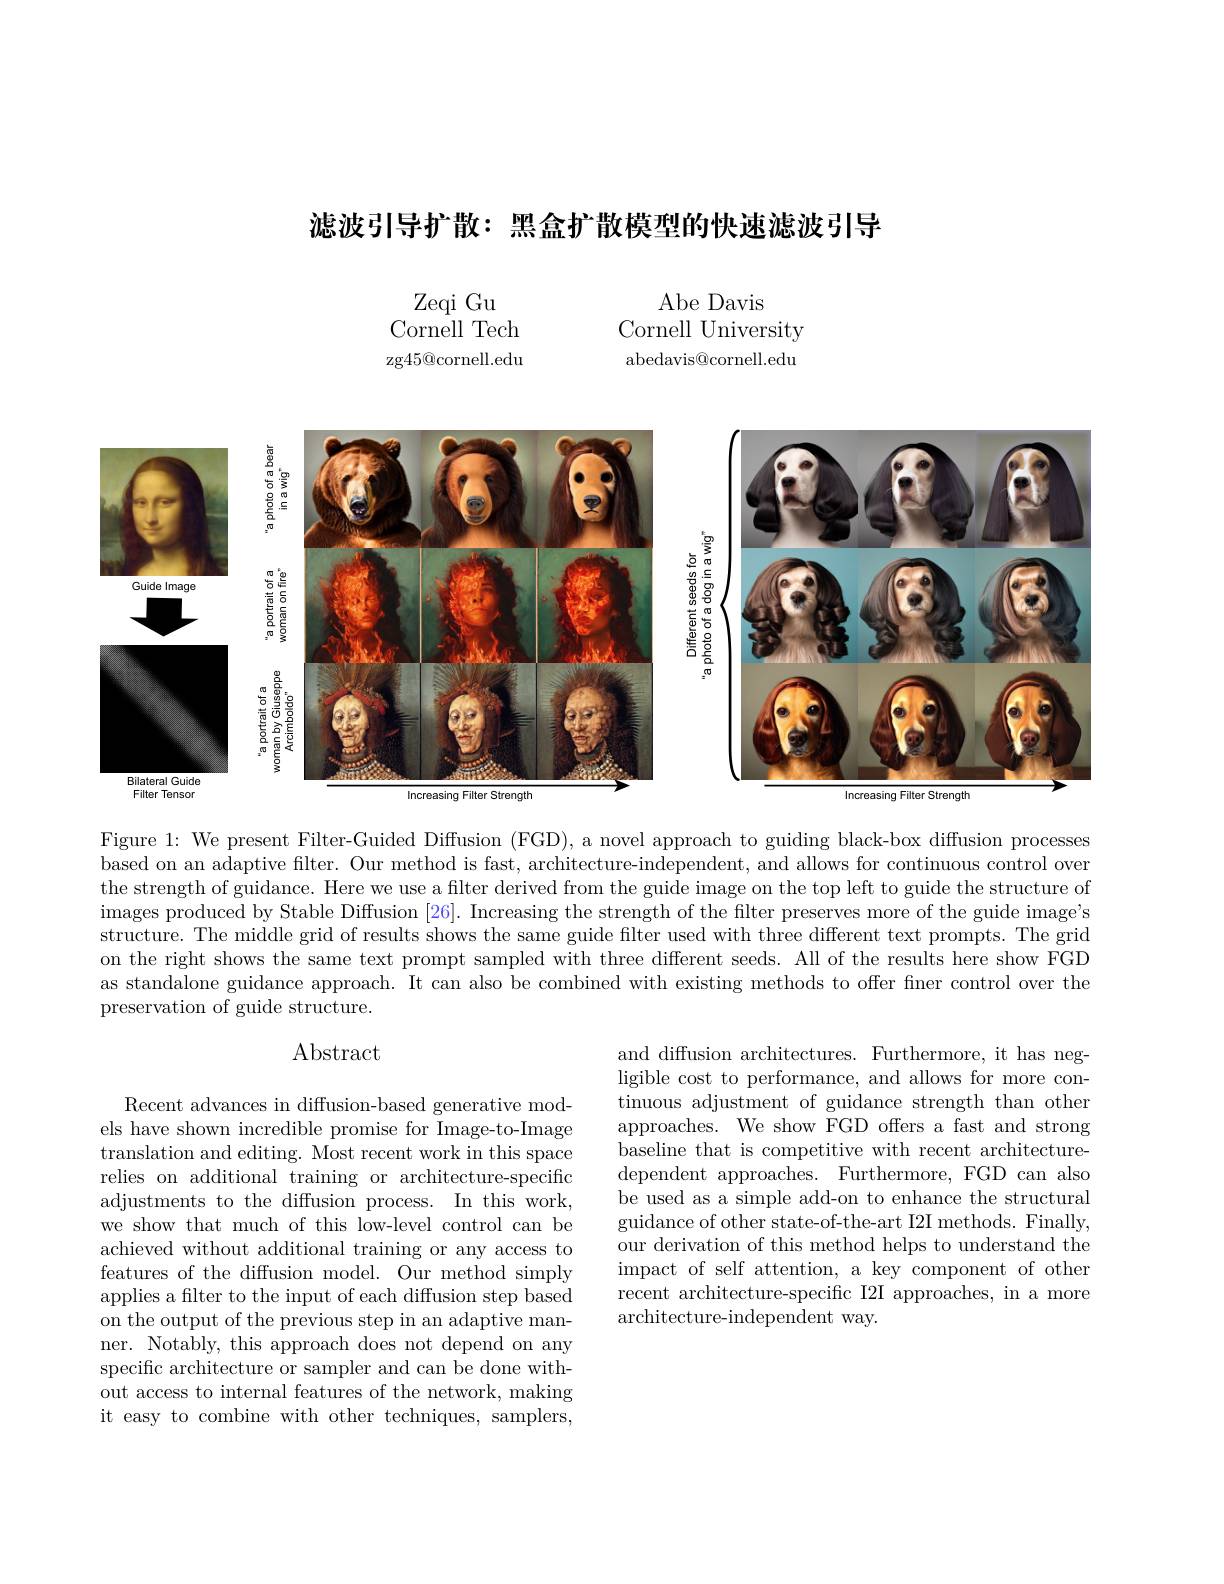
滤波引导扩散：黑盒扩散模型的快速滤波引导

Zeqi Gu
Cornell Tech zg45@cornell.edu

Abe Davis
Cornell University abedavis@cornell.edu

<FigureHere>

Figure 1: We present Filter-Guided Diffusion (FGD), a novel approach to guiding black-box diffusion processes based on an adaptive filter. Our method is fast, architecture-independent, and allows for continuous control over the strength of guidance. Here we use a filter derived from the guide image on the top left to guide the structure of $i$mages produced by Stable Diffusion [26]. Increasing the strength of the filter preserves more of the guide image's structure. The middle grid of results shows the same guide filter used with three different text prompts. The grid on the right shows the same text prompt sampled with three different seeds. All of the results here show FGD as standalone guidance approach. It can also be combined with existing methods to offer fner control over the preservation of guide structure.

# $\operatorname{Abstract}$

and diffusion architectures. Furthermore, it has negligible cost to performance, and allows for more continuous adjustment of guidance strength than other approaches. We show FGD offers a fast and strong baseline that is competitive with recent architecturedependent approaches. Furthermore, FGD can also be used as a simple add-on to enhance the structural guidance of other state-of-the-art I2I methods. Finally, our derivation of this method helps to understand the impact of self attention, a key component of other recent architecture-specific I2I approaches, in a more architecture-independent way.

Recent advances in diffusion-based generative models have shown incredible promise for Image-to-Image translation and editing. Most recent work in this space relies on additional training or architecture-specific adjustments to the diffusion process. In this work, we show that much of this low-level control can be achieved without additional training or any access to features of the diffusion model. Our method simply applies a filter to the input of each diffusion step based on the output of the previous step in an adaptive manner. Notably, this approach does not depend on any specific architecture or sampler and can be done without access to internal features of the network, making it easy to combine with other techniques, samplers,